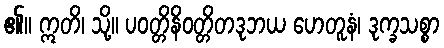
၏။ ဣတိ၊ သို့။ ပဝတ္တိနိဝတ္တိတဒုဘယ ဟေတူနံ၊ ဒုက္ခသစ္စာ